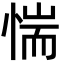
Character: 惴